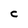
Character: C